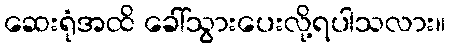
ဆေးရုံအထိ ခေါ်သွားပေးလို့ရပါသလား။